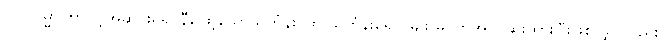
၇။ ပဒုမ္မာကြာပွင့်အဆင်းရှိ၍ နီဖြော့သောသင်္ကန်း၊ ထို သင်္ကန်းရောင်မျိုး မဝတ်အပ်၊ ဆိုးထားပြီးဖြစ်လျှင်လည်း